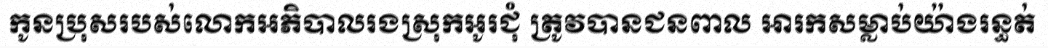
កូនប្រុសរបស់លោកអភិបាលរងស្រុកអូរជុំ ត្រូវបានជនពាល អារកសម្លាប់យ៉ាងរន្ធត់